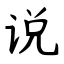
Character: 说